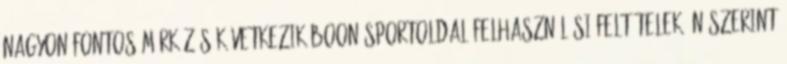
nagyon fontos mérkőzés következik boon-sportoldal Felhasználási feltételek Ön szerint